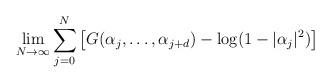
LaTeX: \begin{align*} \lim_{N \to \infty} \sum_{j=0}^{N} \left[G(\alpha_j,\dots,\alpha_{j+d}) - \log(1-|\alpha_j|^2)\right]\end{align*}